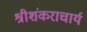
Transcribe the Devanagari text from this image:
श्रीशंकराचार्य